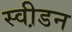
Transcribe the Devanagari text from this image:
स्वी़डन